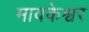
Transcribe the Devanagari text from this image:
मावकेश्वर